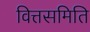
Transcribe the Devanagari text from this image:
वित्तसमिति